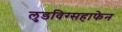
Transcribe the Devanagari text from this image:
लुडविग्सहाफेन